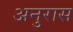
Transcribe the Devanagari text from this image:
अनुरास